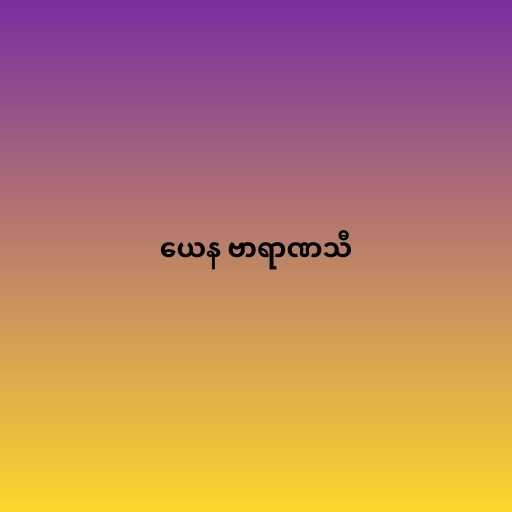
ယေန ဗာရာဏသီ